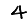
Digit: 4